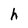
Character: h